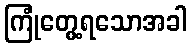
ကြုံတွေ့ရသောအခါ